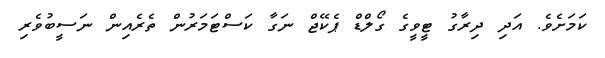
ކަމަށެވެ. އަދި ދިރާގު ޓީވީގެ ގޯލްޑް ޕެކޭޖް ނަގާ ކަސްޓަމަރުން ތެރެއިން ނަސީބުވެރި